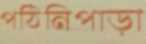
পঠিনিপাড়া